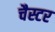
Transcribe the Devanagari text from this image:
चैस्टर